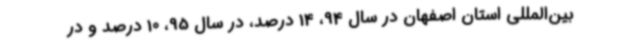
بین‌المللی استان اصفهان در سال 94، 14 درصد، در سال 95، 10 درصد و در